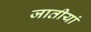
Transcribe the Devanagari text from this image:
जातीयां